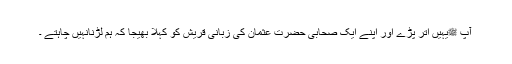
آپ ﷺیہیں اتر پڑے اور اپنے ایک صحابی حضرت عثمانؓ کی زبانی قریش کو کہلا بھیجا کہ ہم لڑنانہیں چاہتے ۔